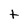
Character: t